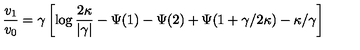
\frac { v _ { 1 } } { v _ { 0 } } = \gamma \left[ \log \frac { 2 \kappa } { | \gamma | } - \Psi ( 1 ) - \Psi ( 2 ) + \Psi ( 1 + \gamma / 2 \kappa ) - \kappa / \gamma \right]